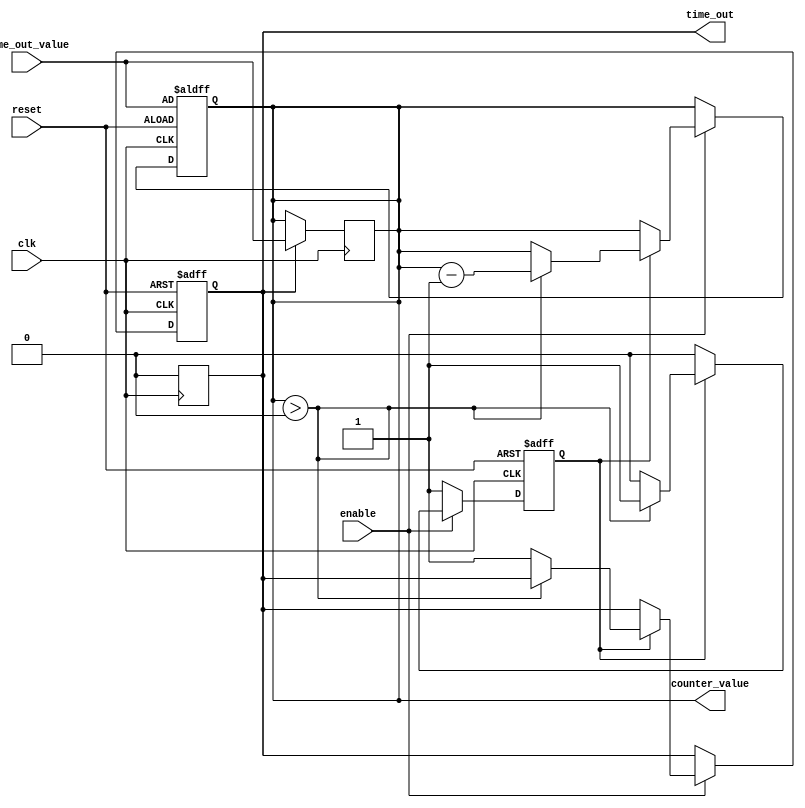
module time_out_counter (
    input wire clk,                // Clock signal
    input wire reset,              // Reset signal (active high)
    input wire enable,             // Enable signal (active high)
    input wire [7:0] time_out_value, // Time-Out Value (8-bit for example)
    output reg time_out,           // Time-Out Signal (active high)
    output reg [7:0] counter_value  // Current Counter Value (8-bit)
);

    // State declaration
    reg counting; // To indicate if the counter is counting down

    // Always block for synchronous logic
    always @(posedge clk or posedge reset) begin
        if (reset) begin
            // On reset, initialize counter and time_out
            counter_value <= time_out_value;
            time_out <= 1'b0;
            counting <= 1'b0;
        end else if (enable) begin
            // Enable the counting operation
            if (counting) begin
                if (counter_value > 0) begin
                    counter_value <= counter_value - 1; // Decrement counter
                end else begin
                    time_out <= 1'b1; // Assert time_out when counter reaches zero
                    counting <= 1'b0; // Stop counting
                end
            end
        end else begin
            // If enable is deasserted, hold the current value
            counting <= 1'b1; // Resume counting when enable is asserted again
        end
    end

    // Always block to handle time_out signal reset
    always @(posedge clk) begin
        if (time_out) begin
            // Optionally reset time_out after being asserted
            time_out <= 1'b0; // Reset time_out signal
            counter_value <= time_out_value; // Reset counter to initial value
        end
    end

endmodule